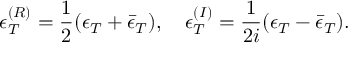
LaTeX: \epsilon _ { T } ^ { ( R ) } = \frac 1 2 ( \epsilon _ { T } + \bar { \epsilon } _ { T } ) , \quad \epsilon _ { T } ^ { ( I ) } = \frac { 1 } { 2 i } ( \epsilon _ { T } - \bar { \epsilon } _ { T } ) .